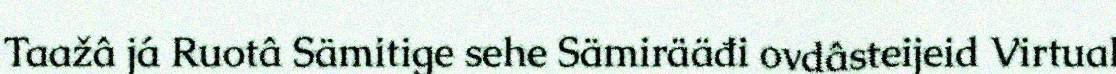
Taažâ já Ruotâ Sämitige sehe Sämirääđi ovdâsteijeid Virtual